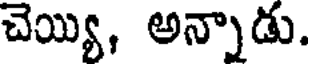
చెయ్యి, అన్నాడు.